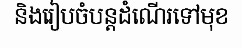
និងរៀបចំបន្តដំណើរទៅមុខ